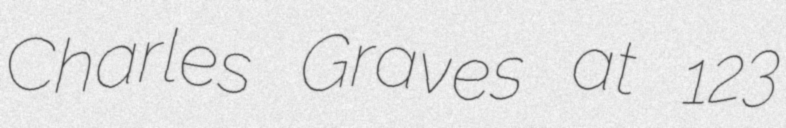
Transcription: Charles Graves at 123